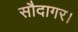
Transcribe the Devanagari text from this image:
सौदागर।